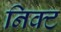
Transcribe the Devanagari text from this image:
निक्ट